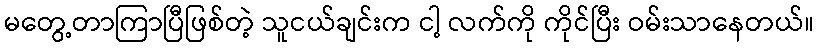
မတွေ့တာကြာပြီဖြစ်တဲ့ သူငယ်ချင်းက ငါ့ လက်ကို ကိုင်ပြီး ဝမ်းသာနေတယ်။